Calcutta medical institutions reports 1892-1900
Year: 1892
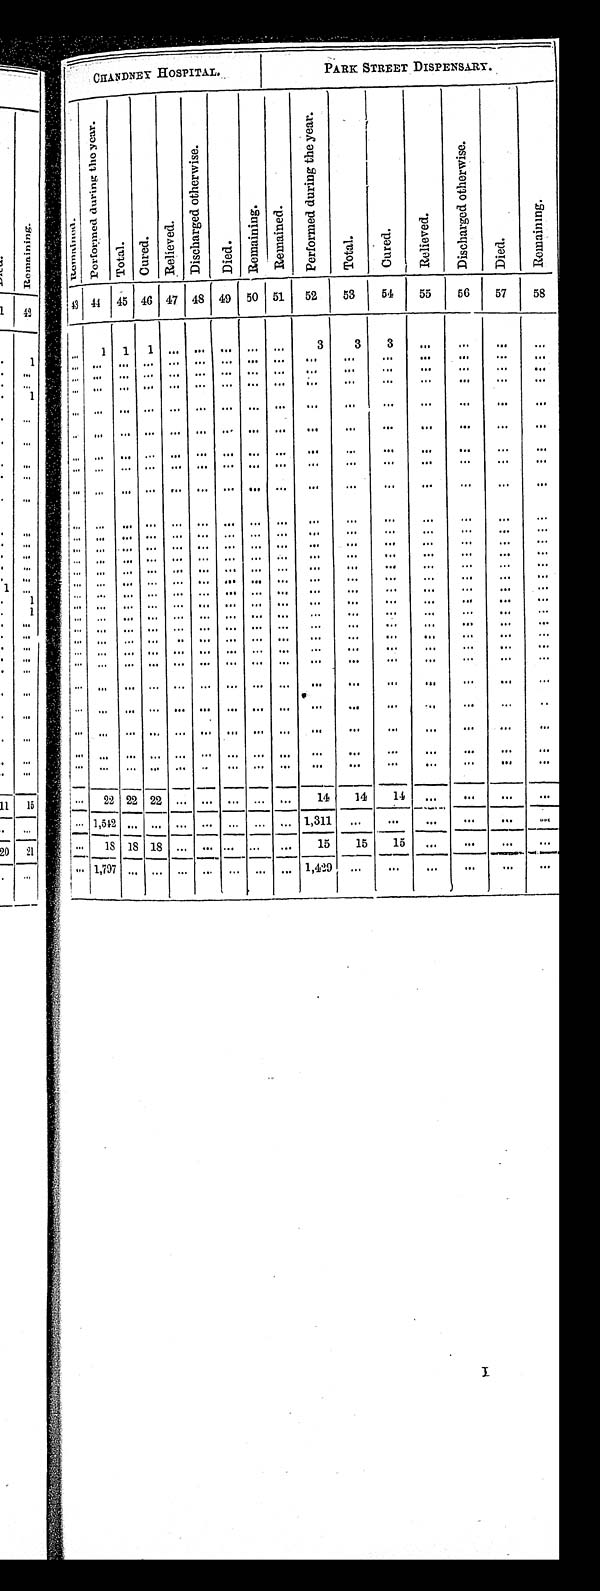
CHANDNEY HOSPITAL.
PARK STREET DISPENSARY.
R e m a i n e d .
P e r f o r m e d d u r i n g t h e y e a r .
Tot al . C u r e d .
Rel i eved.
D i s c h a r g e d o t h e r w i s e .
D i e d .
Re ma i ni ng. Remai ned.
P e r f o r m e d d u r i n g t h e y e a r .
Tot al .
C u r e d .
R e l i e v e d .
D i s c h a r g e d o t h e r w i s e .
D i e d .
R e m a i n i n g .
43
44
45 46 47 48 49 50 51
52
53
54
55
56
57
58
. . .
1
1
1
. . .. . . . . .
. . .
. . .
3
3
3
. . .
. . . . . .
. . .
. . .
. . .
. . .
. . .
. . .. . . . . .
. . .
. . .. . .
. . .. . .
. . .
. . .
. . .
. . .
. . . . . .
. . .
. . .
. . . . . . . . .
. . .
. . .
. . .
. . .
. . .
. . .
. . . . . .
. . .
. . . . . .
. . .
. . .
. . . . . . . . .
. . .
. . .
. . .
. . .
. . .
. . .
. . . . . .
. . .
. . . . . .
. . .
. . .
. . .
. . . . . .
. . .
. . .
. . .
. . .
. . .
. . .
. . . . . .
. . .
. . .
. . .
. . .
. . .
. . .. . . . . .
. . .
. . . . . .
. . . . . .
. . .
. . . . . .
. . .
. . .
. . .
. . .
. . .
. . .. . . . . .
. . .
. . . . . .
. . . . . .
. . .
. . . . . .
. . .
. . . . . .
. . .
. . .
. . . . . . . . .
. . .
. . .
. . .
. . .
. . .
. . .
. . . . . .
. . .
. . .
. . .
. . .
. . .
. . .. . . . . .
. . .
. . . . . .
. . .
. . .
. . .
. . .
. . .
. . .
. . .
. . .
. . .
. . .
. . .. . . . . .
. . .
. . . . . .
. . .
. . .
. . .
. . .
. . .
. . .
. . .
. . .
. . .
. . .
. . . . . . . . .
. . .
. . .
. . .
. . .
. . .
. . .
. . .
. . .
. . .
. . .
. . .
. . .
. . .
. . .. . . . . .
. . .
. . . . . .
. . . . . .
. . .
. . . . . .
. . .
. . .
. . .
. . .
. . .
. . .. . . . . .
. . .
. . . . . .
. . . . . .
. . .
. . .
. . .
. . .
. . .
. . .
. . .
. . .
. . .. . . . . .
. . .
. . . . . .
. . . . . .
. . .
. . .
. . .
. . .
. . .
. . .
. . .
. . .
. . .. . . . . .
. . .
. . . . . .
. . . . . .
. . .
. . .
. . .
. . .
. . . . . .
. . .
. . .
. . . . . . . . .
. . .
. . .
. . .
. . .
. . .
. . .
. . .
. . .
. . .
. . . . . .
. . .
. . .
. . . . . . . . .
. . .
. . .
. . .
. . .
. . .
. . .
. . .
. . .
. . .
. . . . . .
. . .
. . .
. . . . . . . . .
. . .
. . .
. . .
. . .
. . .
. . .
. . .
. . .
. . .
. . .
. . .
. . .
. . .
. . .. . . . . .
. . .
. . . . . .
. . . . . .
. . .
. . . . . .
. . .
. . .
. . .
. . .
. . .
. . .. . . . . .
. . .
. . . . . .
. . . . . .
. . .
. . .
. . .
. . .
. . .
. . .
. . .
. . .
. . .. . . . . .
. . .
. . . . . .
. . . . . .
. . .
. . . . . .
. . .
. . .
. . .
. . .
. . .
. . .. . . . . .
. . .
. . . . . .
. . . . . .
. . .
. . . . . .
. . .
. . .
. . .
. . .
. . .
. . .. . . . . .
. . .
. . .
. . .
. . . . . .
. . .
. . . . . .
. . .
. . .
. . .
. . .
. . .
. . .. . . . . .
. . .
. . .. . .
. . .
. . .
. . .
. . .
. . .
. . .
. . .
. . .
. . .
. . .
. . .. . . . . .
. . .
. . .. . .
. . .
. . .
. . .
. . .
. . .
. . .
. . .
. . .
. . .
. . .
. . .. . . . . .
. . .
. . .. . .
. . . . . .
. . .
. . . . . .
. . .
. . .
. . .
. . .
. . .
. . . . . . . . .
. . .
. . .
. . .
. . .
. . .
. . .
. . . . . .
. . .
. . .
2 2
2 2
2 2
. . . . . . . . .
. . .
. . .
14
14
14
. . .
. . .
. . .
. . .
. . .
1 , 5 4 2
. . .
. . .
. . .. . . . . .
. . .
. . . 1,311
. . .. . .
. . .
. . .
. . . . . .
. . .
1 8
1 8 18
. . . . . . . . . . . .
. . .
15
15
1 5
. . .
. . .
. . .
. . .
. . .
1 , 7 9 7
. . .
. . .
. . .
. . . . . .
. . .
. . .1,429
. . .. . .
. . .
. . .
. . .
. . .